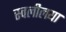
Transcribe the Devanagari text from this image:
स्वलीलया